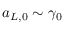
a _ { L , 0 } \sim \gamma _ { 0 }